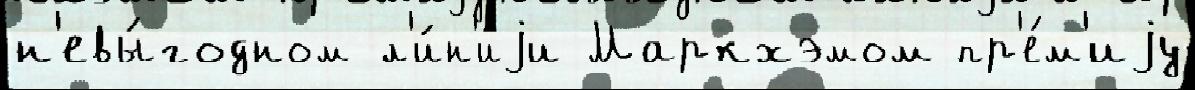
н'евы́годном л'и́н'иjи Маркхэмом пр'е́м'иjу